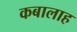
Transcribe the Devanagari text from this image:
कबालाह